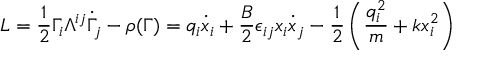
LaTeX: L = \frac { 1 } { 2 } \Gamma _ { i } \Lambda ^ { i j } \dot { \Gamma } _ { j } - \rho ( \Gamma ) = q _ { i } \dot { x } _ { i } + \frac { B } { 2 } \epsilon _ { i j } x _ { i } \dot { x } _ { j } - \frac { 1 } { 2 } \left( \frac { q _ { i } ^ { 2 } } { m } + k x _ { i } ^ { 2 } \right)